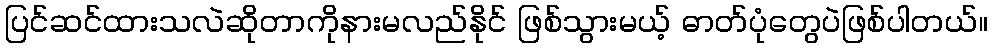
ပြင်ဆင်ထားသလဲဆိုတာကိုနားမလည်နိုင် ဖြစ်သွားမယ့် ဓာတ်ပုံတွေပဲဖြစ်ပါတယ်။